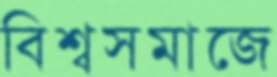
বিশ্বসমাজে